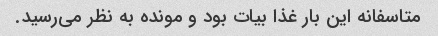
متاسفانه این بار غذا بیات بود و مونده به نظر می‌رسید.